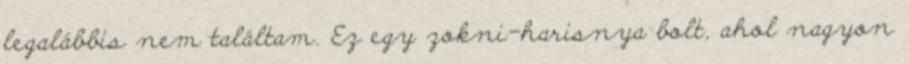
legalábbis nem találtam. Ez egy zokni-harisnya bolt, ahol nagyon